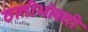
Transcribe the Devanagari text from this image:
छातीभोवती